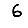
Digit: 6